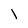
Character: l